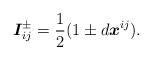
LaTeX: \begin{align*}\boldsymbol{I}_{ij}^{\pm }=\frac{1}{2}(1\pm d\boldsymbol{x}^{ij}).\end{align*}